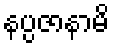
နပ္ပဇာနာမိ